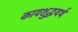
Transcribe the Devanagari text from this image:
कायशुद्धयर्थं